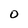
Character: o